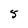
Character: 5